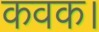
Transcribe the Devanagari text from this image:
कवक।